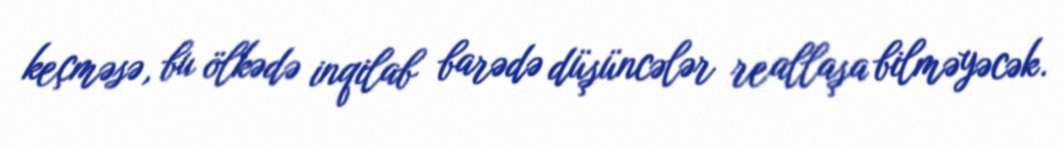
keçməsə, bu ölkədə inqilab barədə düşüncələr reallaşa bilməyəcək.